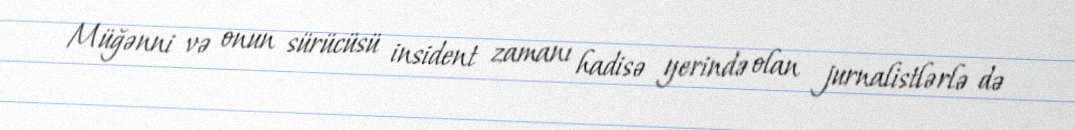
Müğənni və onun sürücüsü insident zamanı hadisə yerində olan jurnalistlərlə də